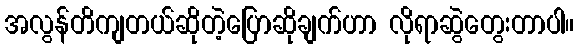
အလွန်တိကျတယ်ဆိုတဲ့ပြောဆိုချက်ဟာ လိုရာဆွဲတွေးတာပါ။